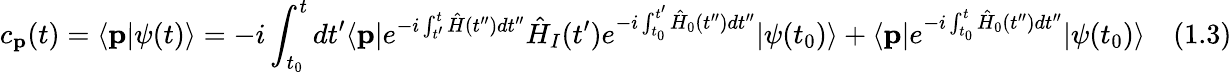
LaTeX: c_{\textbf{p}}(t)=\langle{\textbf{p}}|\psi(t)\rangle=-i\int_{t_{0}}^{t}dt^{\prime}\langle{\textbf{p}}|e^{-i\int_{t^{\prime}}^{t}{\hat{H}}(t^{\prime\prime})dt^{\prime\prime}}{\hat{H}}_{I}(t^{\prime})e^{-i\int_{t_{0}}^{t^{\prime}}{\hat{H}}_{0}(t^{\prime\prime})dt^{\prime\prime}}|{\psi(t_{0})}\rangle+\langle{\textbf{p}}|e^{-i\int_{t_{0}}^{t}{\hat{H}}_{0}(t^{\prime\prime})dt^{\prime\prime}}|\psi(t_{0})\rangle\quad(1.3)